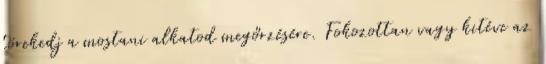
törekedj a mostani alkatod megőrzésére. Fokozottan vagy kitéve az